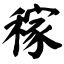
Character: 稼